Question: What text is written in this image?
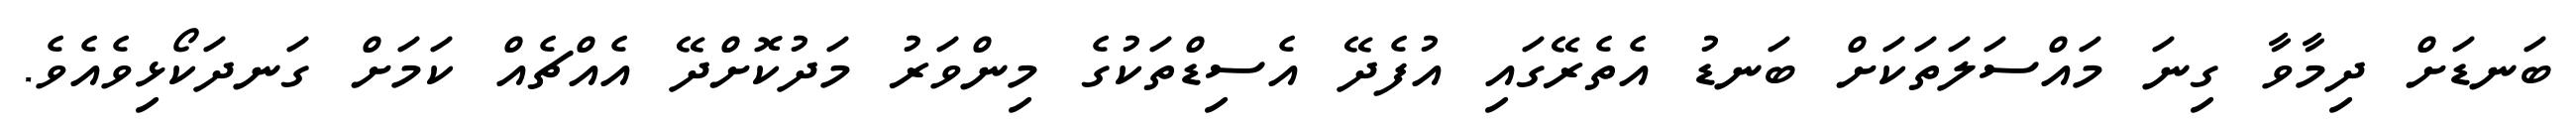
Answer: ބަނޑަށް ދިމާވާ ގިނަ މައްސަލަތަކަށް ބަނޑު އެތެރޭގައި އުފެދޭ އެސިޑްތަކުގެ މިންވަރު މަދުކޮށްދޭ އެއްޗެއް ކަމަށް ގަނދަކޯޅިވެއެވެ.